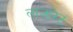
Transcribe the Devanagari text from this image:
लाज़ारेट